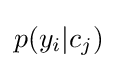
p(y_{i}|c_{j})